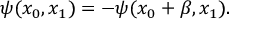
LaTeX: \psi ( x _ { 0 } , x _ { 1 } ) = - \psi ( x _ { 0 } + \beta , x _ { 1 } ) .